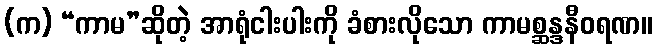
(က) “ကာမ”ဆိုတဲ့ အာရုံငါးပါးကို ခံစားလိုသော ကာမစ္ဆန္ဒနီဝရဏ။